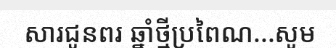
សារជូនពរ ឆ្នាំថ្មីប្រពៃណ...សូម